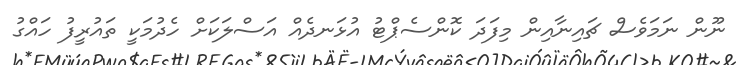
ނޫން ނަމަވެސް ޗައިނާއިން މިފަދަ ކޮންސެޕްޓު އުޅަނދެއް އަސްލަކަށް ހެދުމަކީ ތައުރީފު ހައްގު